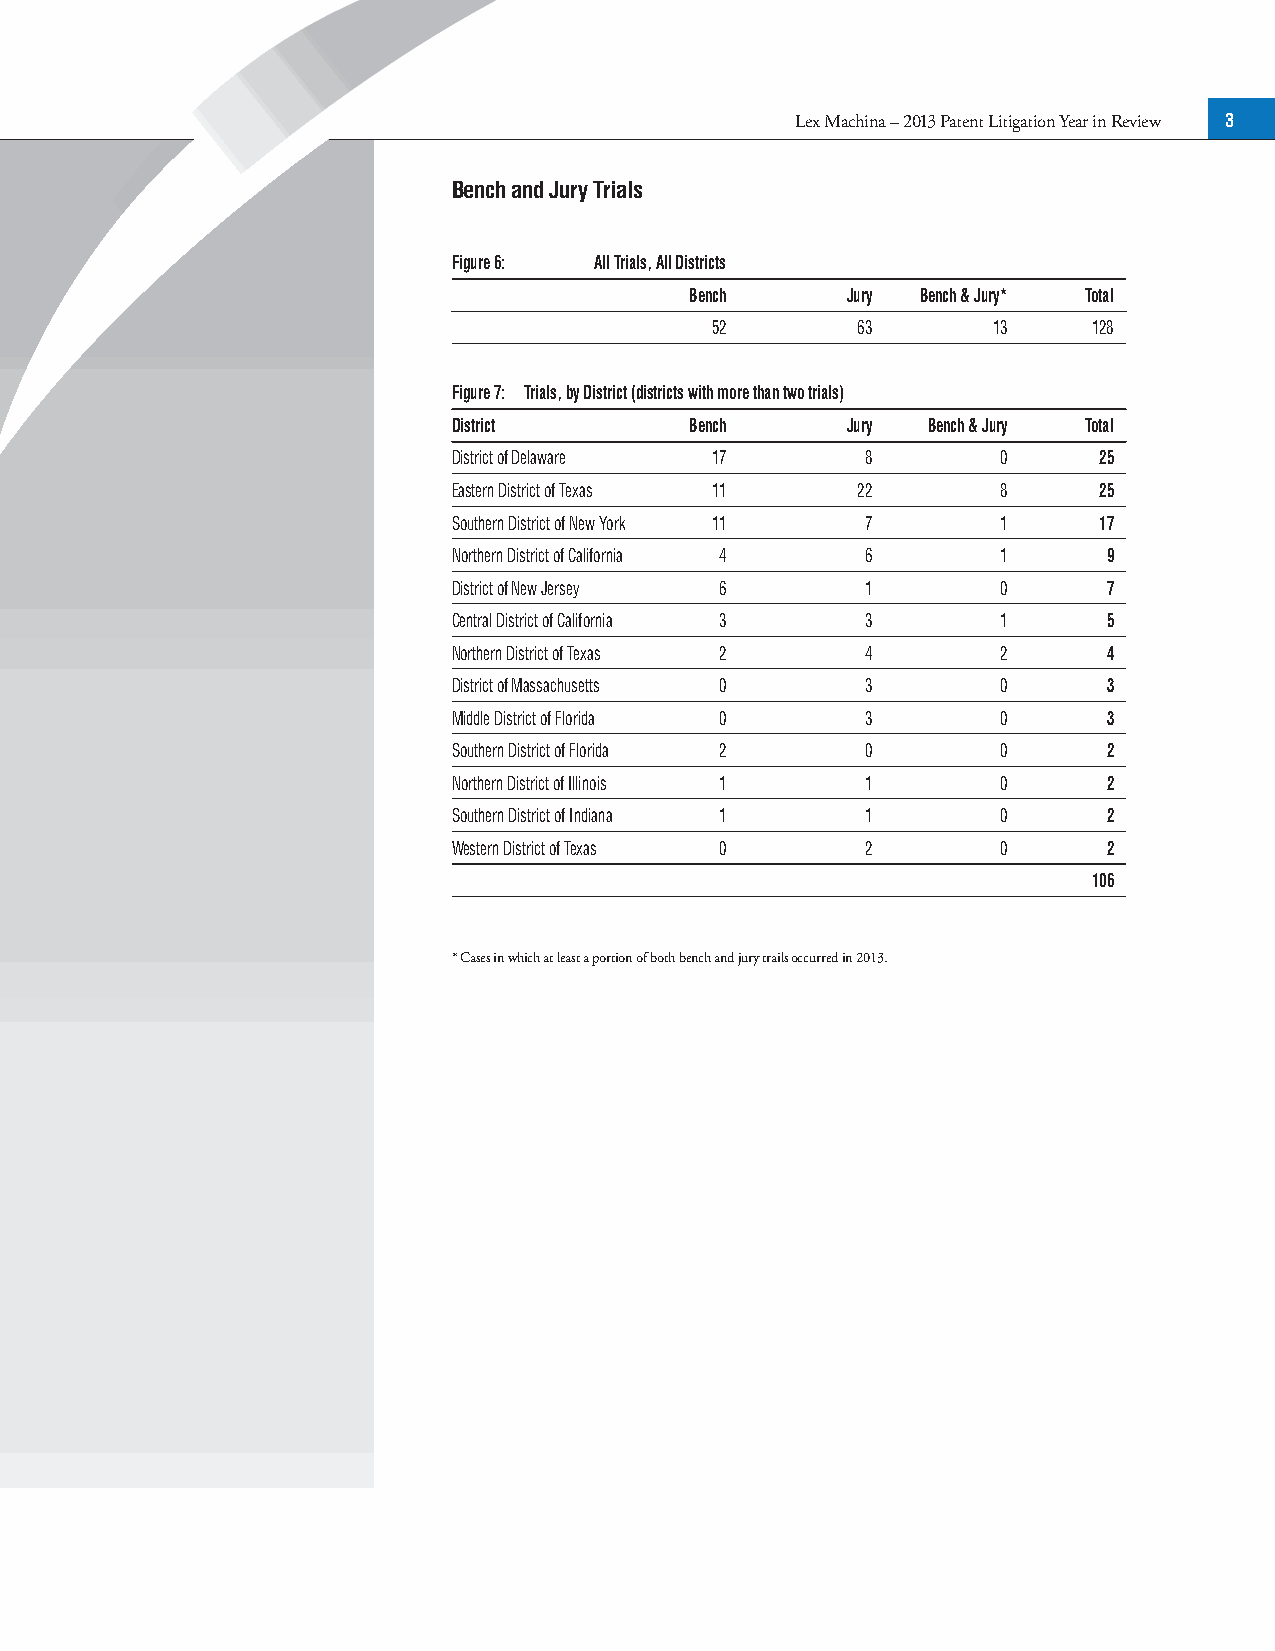
Lex Machina – 2013 Patent Litigation Year in Review 3
 Bench and Jury Trials
 Figure 6: All Trials, All Districts
 Bench     Jury Bench & Jury* Total
 52        63       13    128
 Figure 7: Trials, by District (districts with more than two trials)
 District        Bench     Jury Bench & Jury Total
 District of Delaware 17    8        0      25
 Eastern District of Texas 11 22     8      25
 Southern District of New York 11 7  1      17
 Northern District of California 4 6 1      9
 District of New Jersey 6   1        0      7
 Central District of California 3 3  1      5
 Northern District of Texas 2 4      2      4
 District of Massachusetts 0 3       0      3
 Middle District of Florida 0 3      0      3
 Southern District of Florida 2 0    0      2
 Northern District of Illinois 1 1   0      2
 Southern District of Indiana 1 1    0      2
 Western District of Texas 0 2       0      2
 106
 * Cases in which at least a portion of both bench and jury trails occurred in 2013.